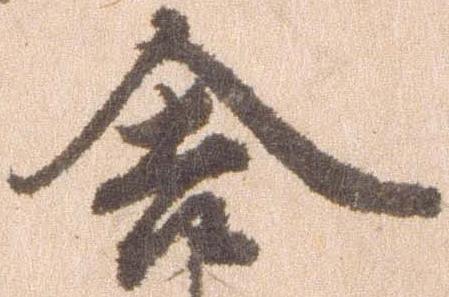
舎